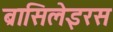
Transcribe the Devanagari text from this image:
ब्रासिलेइरस